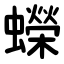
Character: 蠑